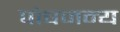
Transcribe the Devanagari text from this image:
पोषजन्य